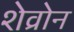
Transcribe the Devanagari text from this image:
शेव्रोन